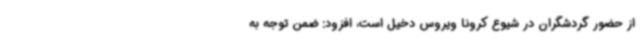
از حضور گردشگران در شیوع کرونا ویروس دخیل است، افزود: ضمن توجه به